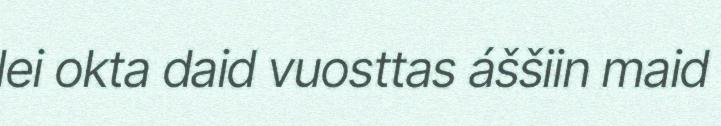
lei okta daid vuosttas áššiin maid